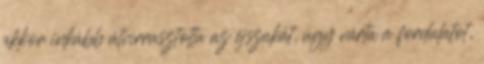
akkor inkább átvirrasztotta az éjszakát, úgy várta a fordulatot,